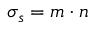
\sigma _ { s } = { \boldsymbol { m } } \cdot { \boldsymbol { n } }